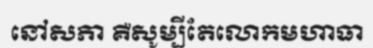
នៅសភា គឺសូម្បីតែលោកមហាធា